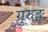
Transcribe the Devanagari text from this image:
गुरुङ्ग